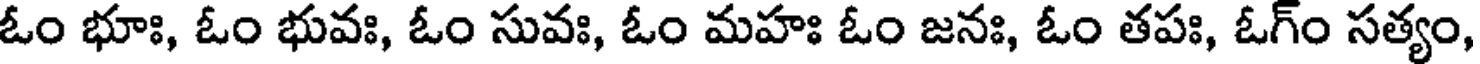
ఓం భూః, ఓం భువః, ఓం సువః, ఓం మహః ఓం జనః, ఓం తపః, ఓగ్ం సత్యం,